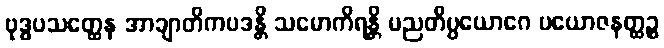
ဗုဒ္ဓပသတ္ထေန အာချာတိကပဒန္တိ သမောကိရန္တိ မညတိပ္ပယောဂေ ပယောဇနတ္ထဉ္စ